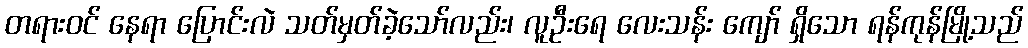
တရားဝင် နေရာ ပြောင်းလဲ သတ်မှတ်ခဲ့သော်လည်း၊ လူဦးရေ လေးသန်း ကျော် ရှိသော ရန်ကုန်မြို့သည်